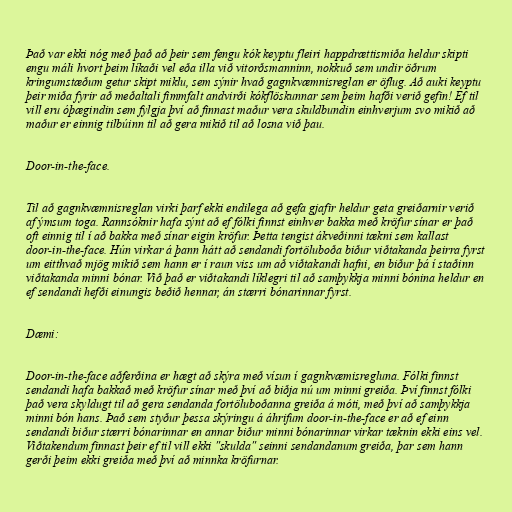
Það var ekki nóg með það að þeir sem fengu kók keyptu fleiri happdrættismiða heldur skipti
engu máli hvort þeim líkaði vel eða illa við vitorðsmanninn, nokkuð sem undir öðrum
kringumstæðum getur skipt miklu, sem sýnir hvað gagnkvæmnisreglan er öflug. Að auki keyptu
þeir miða fyrir að meðaltali fimmfalt andvirði kókflöskunnar sem þeim hafði verið gefin! Ef til
vill eru óþægindin sem fylgja því að finnast maður vera skuldbundin einhverjum svo mikið að
maður er einnig tilbúinn til að gera mikið til að losna við þau.

Door-in-the-face.

Til að gagnkvæmnisreglan virki þarf ekki endilega að gefa gjafir heldur geta greiðarnir verið
af ýmsum toga. Rannsóknir hafa sýnt að ef fólki finnst einhver bakka með kröfur sínar er það
oft einnig til í að bakka með sínar eigin kröfur. Þetta tengist ákveðinni tækni sem kallast
door-in-the-face. Hún virkar á þann hátt að sendandi fortöluboða biður viðtakanda þeirra fyrst
um eitthvað mjög mikið sem hann er í raun viss um að viðtakandi hafni, en biður þá í staðinn
viðtakanda minni bónar. Við það er viðtakandi líklegri til að samþykkja minni bónina heldur en
ef sendandi hefði einungis beðið hennar, án stærri bónarinnar fyrst.

Dæmi:

Door-in-the-face aðferðina er hægt að skýra með vísun í gagnkvæmisregluna. Fólki finnst
sendandi hafa bakkað með kröfur sínar með því að biðja nú um minni greiða. Því finnst fólki
það vera skyldugt til að gera sendanda fortöluboðanna greiða á móti, með því að samþykkja
minni bón hans. Það sem styður þessa skýringu á áhrifum door-in-the-face er að ef einn
sendandi biður stærri bónarinnar en annar biður minni bónarinnar virkar tæknin ekki eins vel.
Viðtakendum finnast þeir ef til vill ekki "skulda" seinni sendandanum greiða, þar sem hann
gerði þeim ekki greiða með því að minnka kröfurnar.